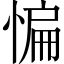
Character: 惼